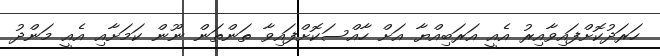
ހަރަދުކޮށްފައިވާއިރު އެއީ އަރަބިއްޔާ އަށް ހާއްސަކޮށްފައިވާ ތަންތަން ނޫން ކަމަށާއި އެއީ މަންދު